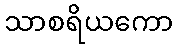
သာစရိယကော